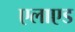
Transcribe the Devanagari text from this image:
एलाएड